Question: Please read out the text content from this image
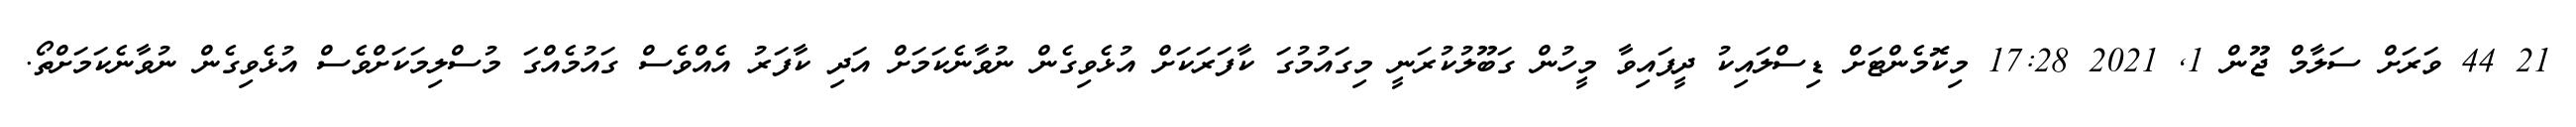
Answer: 21 44 ވަރަށް ސަލާމް ޖޫން 1, 2021 17:28 މިކޮމެންޓަށް ޑިސްލައިކު ދީފައިވާ މީހުން ގަބޫލުކުރަނީ މިގައުމުގަ ކާފަރަކަށް އުޅެވިގެން ނުވާނެކަމަށް އަދި ކާފަރު އެއްވެސް ގައުމެއްގަ މުސްލިމަކަށްވެސް އުޅެވިގެން ނުވާނެކަމަށްތޯ.